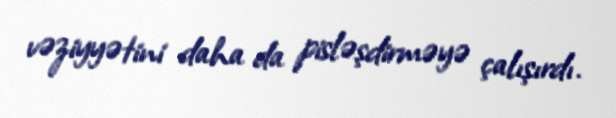
vəziyyətini daha da pisləşdirməyə çalışırdı.